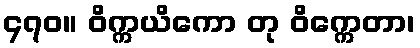
၄၇၀။ ဝိက္ကယိကော တု ဝိက္ကေတာ၊